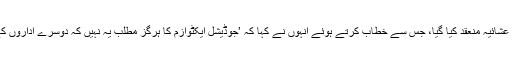
لاہور ہائی کورٹ بار ایسوسی ایشن کی جانب سے چیف جسٹس کے اعزاز میں الوداعی عشائیہ منعقد کیا گیا، جس سے خطاب کرتے ہوئے انہوں نے کہا کہ ’جوڈیشل ایکٹوازم کا ہرگز مطلب یہ نہیں کہ دوسرے اداروں کے دائرہ کار میں مداخلت کی جائے یا کسی کی بے عزتی کی جائے، یہ جارحیت نہیں۔